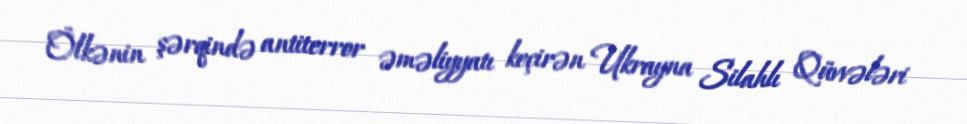
Ölkənin şərqində antiterror əməliyyatı keçirən Ukrayna Silahlı Qüvvələri